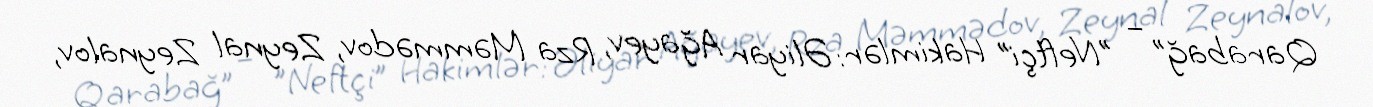
Qarabağ” – "Neftçi” Hakimlər: Əliyar Ağayev, Rza Məmmədov, Zeynal Zeynalov,